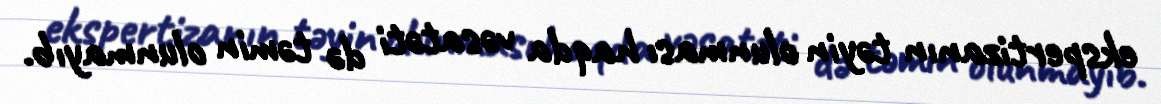
ekspertizanın təyin olunması haqda vəsatəti də təmin olunmayıb.